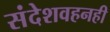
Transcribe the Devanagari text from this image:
संदेशवहनही